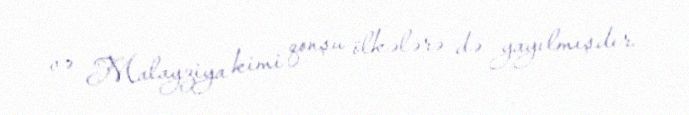
və Malayziya kimi qonşu ölkələrə də yayılmışdır.